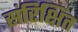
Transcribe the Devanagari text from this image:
संरिक्षित